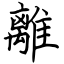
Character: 離